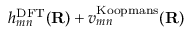
h _ { m n } ^ { \mathrm { D F T } } ( \mathbf { R } ) + v _ { m n } ^ { \mathrm { K o o p m a n s } } ( \mathbf { R } )